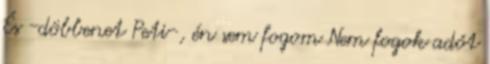
És -döbbenet Peti-, én sem fogom Nem fogok adót